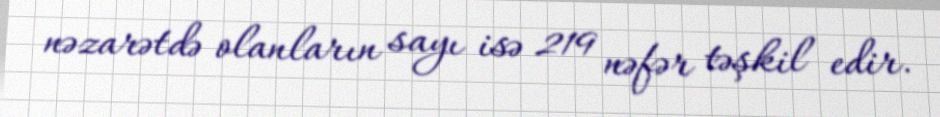
nəzarətdə olanların sayı isə 219 nəfər təşkil edir.